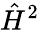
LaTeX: \hat{H}^{2}